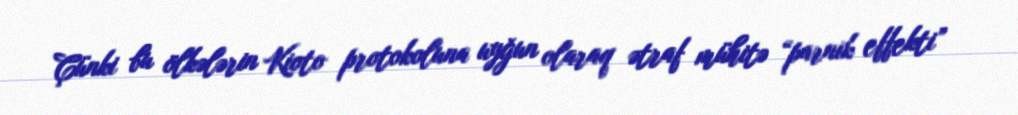
Çünki bu ölkələrin Kioto protokoluna uyğun olaraq ətraf mühitə “parnik effekti”